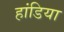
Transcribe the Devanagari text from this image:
हांडिया